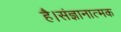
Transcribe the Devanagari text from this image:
है।संज्ञानात्मक